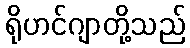
ရိုဟင်ဂျာတို့သည်